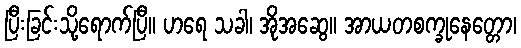
ပြီးခြင်းသို့ရောက်ပြီ။ ဟရေ သခါ၊ အိုအဆွေ။ အာယတစက္ခုနေတ္တော၊